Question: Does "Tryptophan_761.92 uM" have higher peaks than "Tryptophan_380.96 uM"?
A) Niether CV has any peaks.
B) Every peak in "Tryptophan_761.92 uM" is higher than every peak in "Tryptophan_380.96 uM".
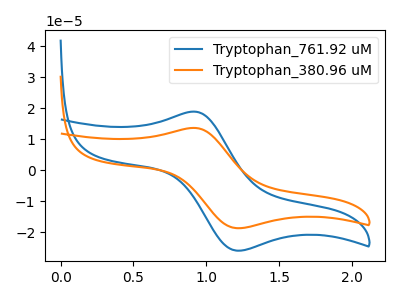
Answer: <think>The blue curve "Tryptophan_761.92 uM" has an anodic peak at (0.90V, 18.85uA) and a cathodic peak at (1.20V, -26.00uA). The orange curve "Tryptophan_380.96 uM" has an anodic peak at (0.90V, 13.60uA) and a cathodic peak at (1.20V, -18.75uA).</think>
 <answer>B) Every peak in "Tryptophan_761.92 uM" is higher than every peak in "Tryptophan_380.96 uM".</answer>
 <eval>B</eval>